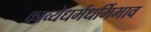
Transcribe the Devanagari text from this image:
काव्येधर्मधर्मिभाव